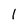
Character: l